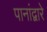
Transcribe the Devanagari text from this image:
पानांद्वारे